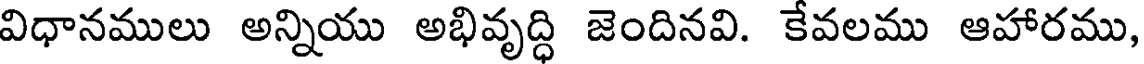
విధానములు అన్నియు అభివృద్ధి జెందినవి. కేవలము ఆహారము,